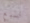
لسبع